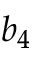
b _ { 4 }